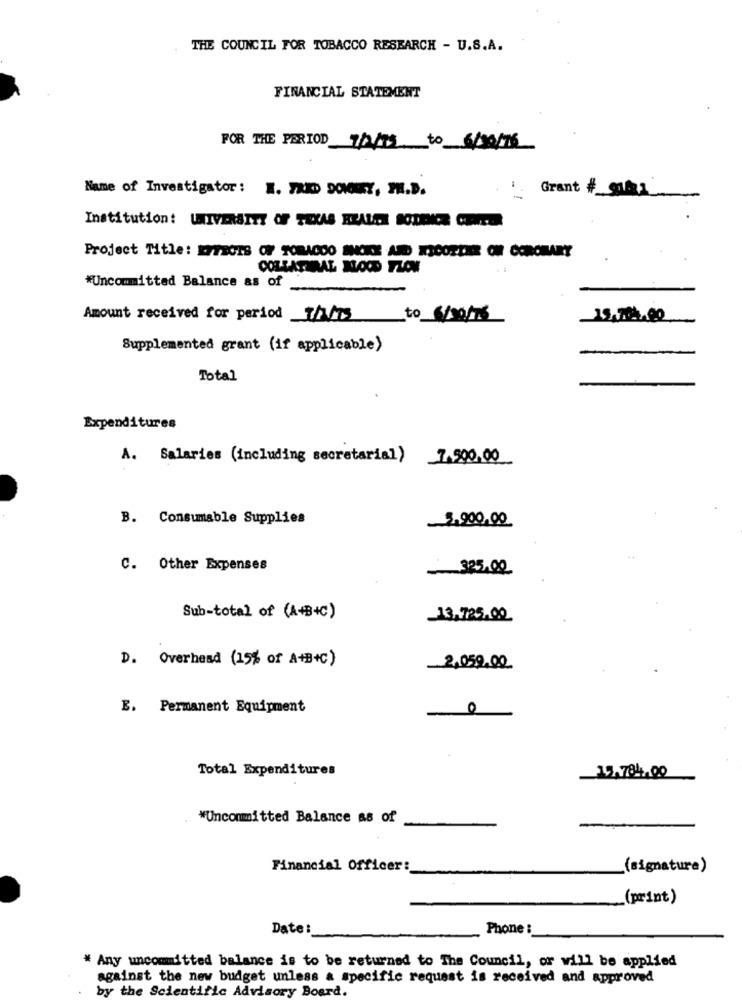
THE COUNCIL FOR TOBACCO RESEARCH - U.S.A.
FINANCIAL STATEMENT
FOR THE PERIOD TAMS to 6/10/16
Name of Investigator: W. 72KD DOMNEY, PH.D.
Grant #_g11
Institution: UNIVERSITY OF TEXAS ELALE BODRIE CUITER
Project Title: ETBOIS OF TOBACCO IKKE AMD NICOTINE OF CORONARY
COLLATERAL NOOD TZOM
*Uncommitted Balance as of
Amount received for period Th
to 6/00/16
Supplemented grant (if applicable)
Total
Expenditures
A. Salaries (including secretarial) 7.500.00
B. Consumable Supplies
5900,00
C. Other Expenses
-325.00
Sub-total of (A+B+C)
13,725.00
D. Overhead (15% of A+B+C)
2,050,00
E. Permanent Equipment
0
Total Expenditures
15.784,00
*Uncommitted Balance as of
Financial Officer:
(signature)
(print)
Date:
Phone :
* Any uncommitted balance is to be returned to The Council, or will be applied
against the new budget unless a specific request is received and approved
by the Scientific Advisory Board.